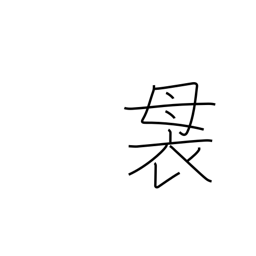
Meaning: top